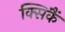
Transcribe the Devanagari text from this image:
क्सिंकैं